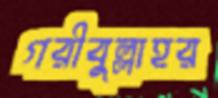
গরীবুল্লাহর